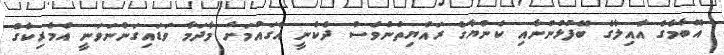
އޮބާމާގެ އާއިލާގެ ބޭފުޅުންނާއި ކެންޔާގެ ރައްޔިތުންވެސް ދެކެނީ އެގައުމަށް މާދަމާ ވަޑައިގަންނަވަނީ އެމެރިކާގެ